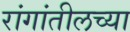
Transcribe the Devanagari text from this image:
रांगांतीलच्या